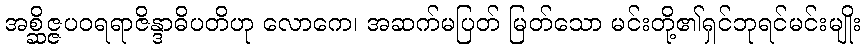
အစ္ဆိဇ္ဇပဝရရာဇိန္ဒာဓိပတိဟု လောကေ၊ အဆက်မပြတ် မြတ်သော မင်းတို့၏ရှင်ဘုရင်မင်းမျိုး